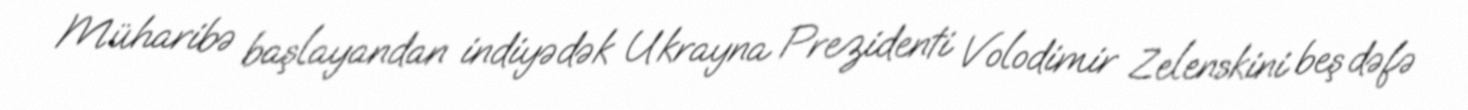
Müharibə başlayandan indiyədək Ukrayna Prezidenti Volodimir Zelenskini beş dəfə